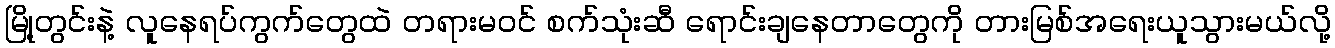
မြို့တွင်းနဲ့ လူနေရပ်ကွက်တွေထဲ တရားမဝင် စက်သုံးဆီ ရောင်းချနေတာတွေကို တားမြစ်အရေးယူသွားမယ်လို့